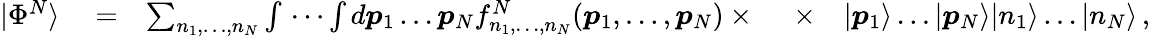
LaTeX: \begin{array}{rlrlr}{|\Phi^{N}\rangle}&{{}=}&{\sum_{n_{1},\dots,n_{N}}\int\, \cdots\int d\boldsymbol{p}_{1}\dots\boldsymbol{p}_{N}f_{n_{1},\dots,n_{N}}^{N}(\boldsymbol{p}_{1},\dots,\boldsymbol{p}_{N})\times\ }&{{}\times}&{|\boldsymbol{p}_{1}\rangle\dots|\boldsymbol{p}_{N}\rangle|n_{1}\rangle\dots|n_{N}\rangle\, ,}\end{array}